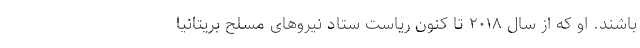
باشند. او که از سال ۲۰۱۸ تا کنون ریاست ستاد نیروهای مسلح بریتانیا